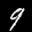
Label: 9